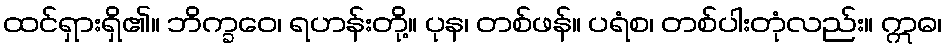
ထင်ရှားရှိ၏။ ဘိက္ခဝေ၊ ရဟန်းတို့။ ပုန၊ တစ်ဖန်။ ပရံစ၊ တစ်ပါးတုံလည်း။ ဣဓ၊